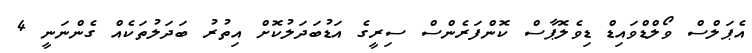
އެޕަލްސް ވޯލްޑްވައިޑް ޑިވެލޮޕާސް ކޮންފަރެންސް ސިރީގެ އަޑުބަދަލުކޮށް އިތުރު ބަދަލުތަކެއް ގެންނަނީ 4